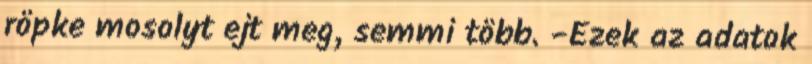
röpke mosolyt ejt meg, semmi több. -Ezek az adatok